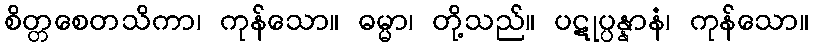
စိတ္တစေတသိကာ၊ ကုန်သော။ ဓမ္မာ၊ တို့သည်။ ပဋုပ္ပန္နာနံ၊ ကုန်သော။